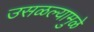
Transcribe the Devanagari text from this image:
उसळल्यामुळे